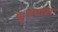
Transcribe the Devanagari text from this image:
दुःस्वास